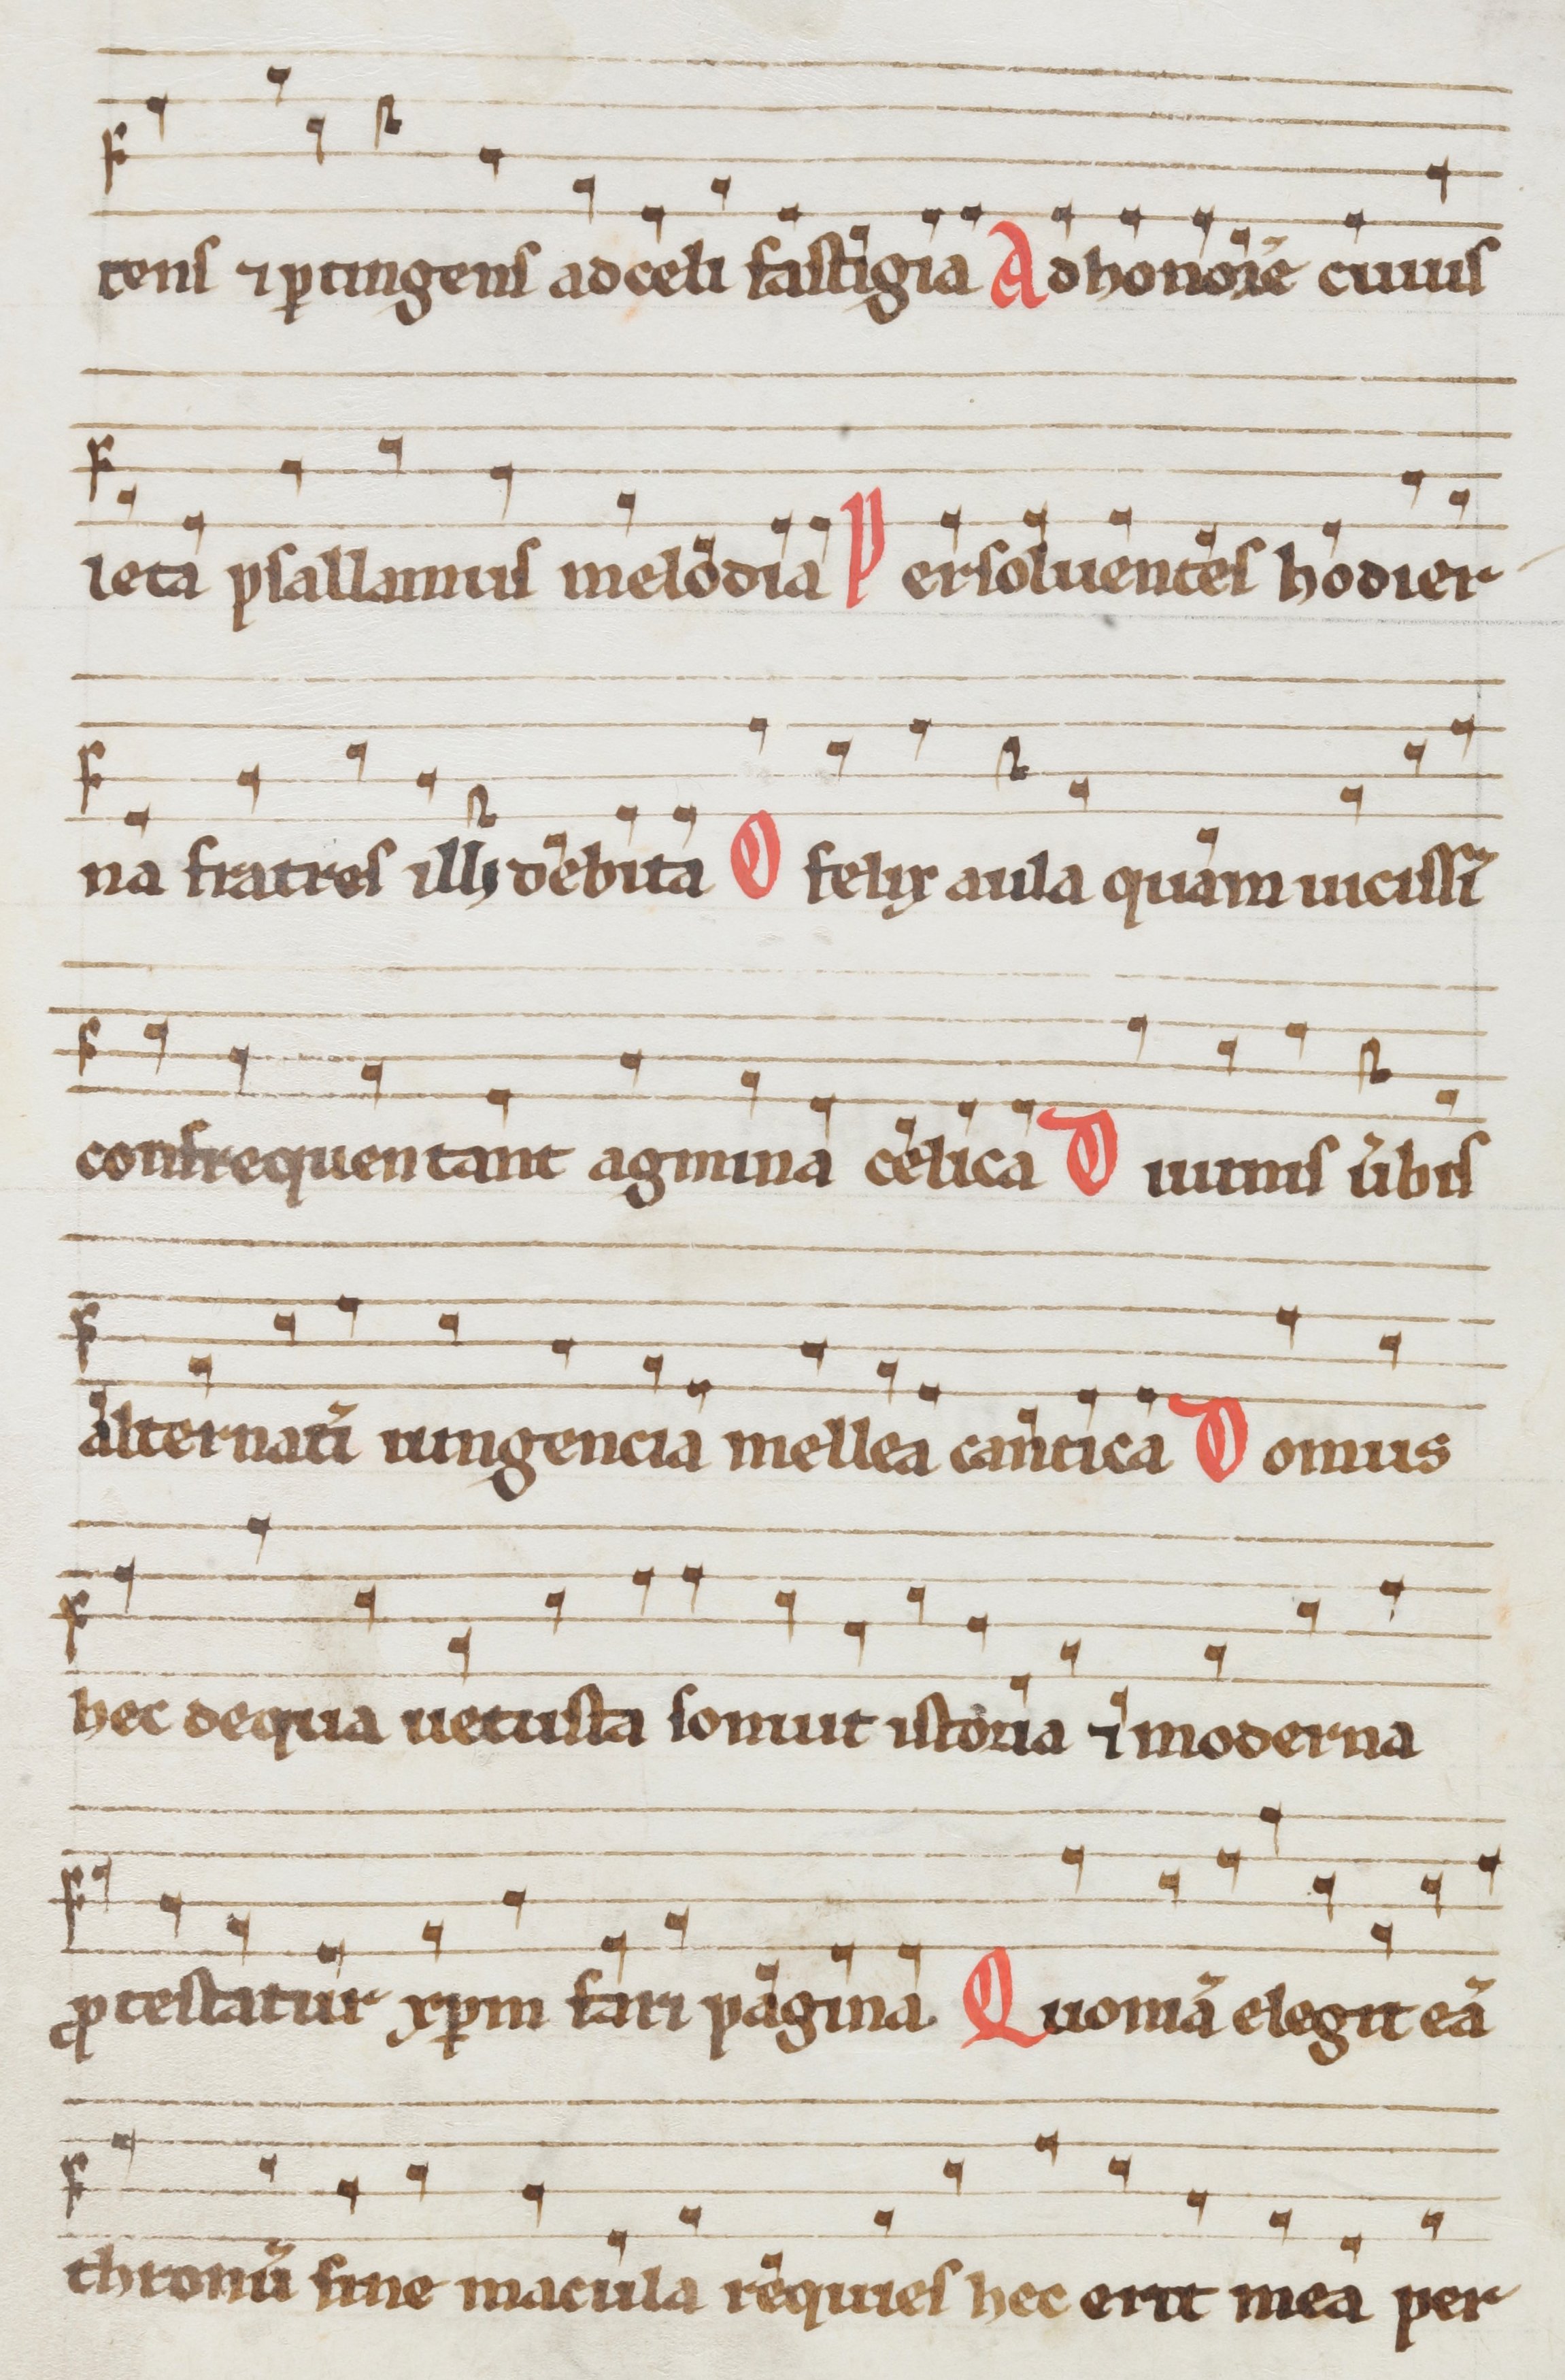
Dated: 1290–1309